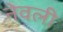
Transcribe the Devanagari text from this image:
नेवली